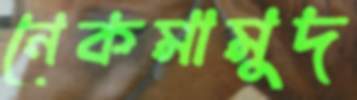
নেকমামুদ